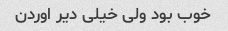
خوب بود ولی خیلی دیر اوردن